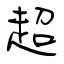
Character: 超